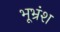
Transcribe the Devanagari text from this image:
भूभ्रंश